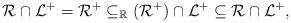
LaTeX: \begin{align*}\mathcal{R}\cap \mathcal{L}^+=\mathcal{R}^+\subseteq _{\mathbb{R}}(\mathcal{R^+})\cap \mathcal{L}^+\subseteq \mathcal{R}\cap \mathcal{L}^+,\end{align*}